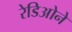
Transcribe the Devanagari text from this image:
रेडिओने